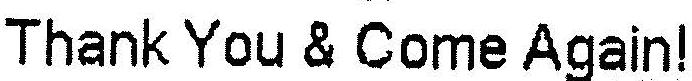
THANK YOU & COME AGAIN!